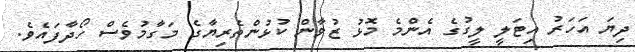
ދިޔަ އަހަރު އިޓަލީ ލީގުގެ އެންމެ މޮޅު ޒުވާން ކުޅުންތެރިޔާގެ މަގާމުވެސް ހޯދާފައެވެ.